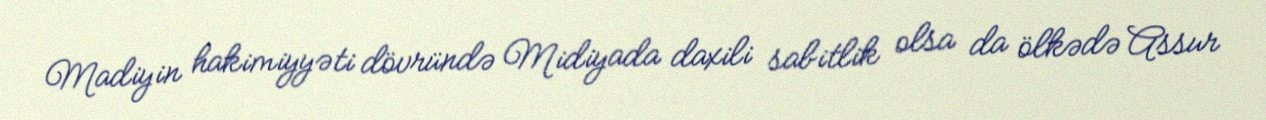
Madiyin hakimiyyəti dövründə Midiyada daxili sabitlik olsa da ölkədə Assur